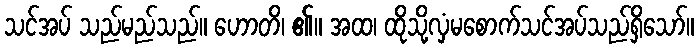
သင်အပ် သည်မည်သည်။ ဟောတိ၊ ၏။ အထ၊ ထိုသို့လှံမစောက်သင်အပ်သည်ရှိသော်။